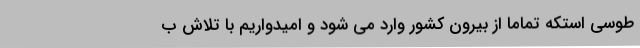
طوسی استکه تماماً از بیرون کشور وارد می شود و امیدواریم با تلاش ب